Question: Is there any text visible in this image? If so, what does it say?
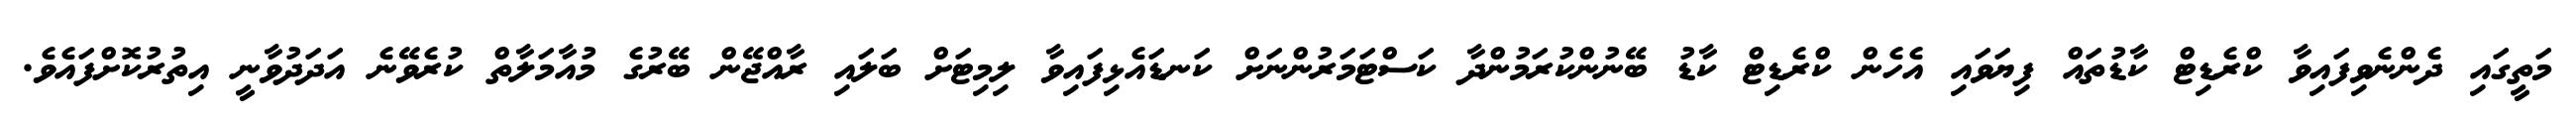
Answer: މަތީގައި ދެންނެވިފައިވާ ކްރެޑިޓް ކާޑުތައް ފިޔަވައި އެހެން ކްރެޑިޓް ކާޑު ބޭނުންކުރަމުންދާ ކަސްޓަމަރުންނަށް ކަނޑައެޅިފައިވާ ލިމިޓަށް ބަލައި ރާއްޖޭން ބޭރުގެ މުއާމަލާތް ކުރެވޭނެ އަދަދުވާނީ އިތުރުކޮށްފައެވެ.